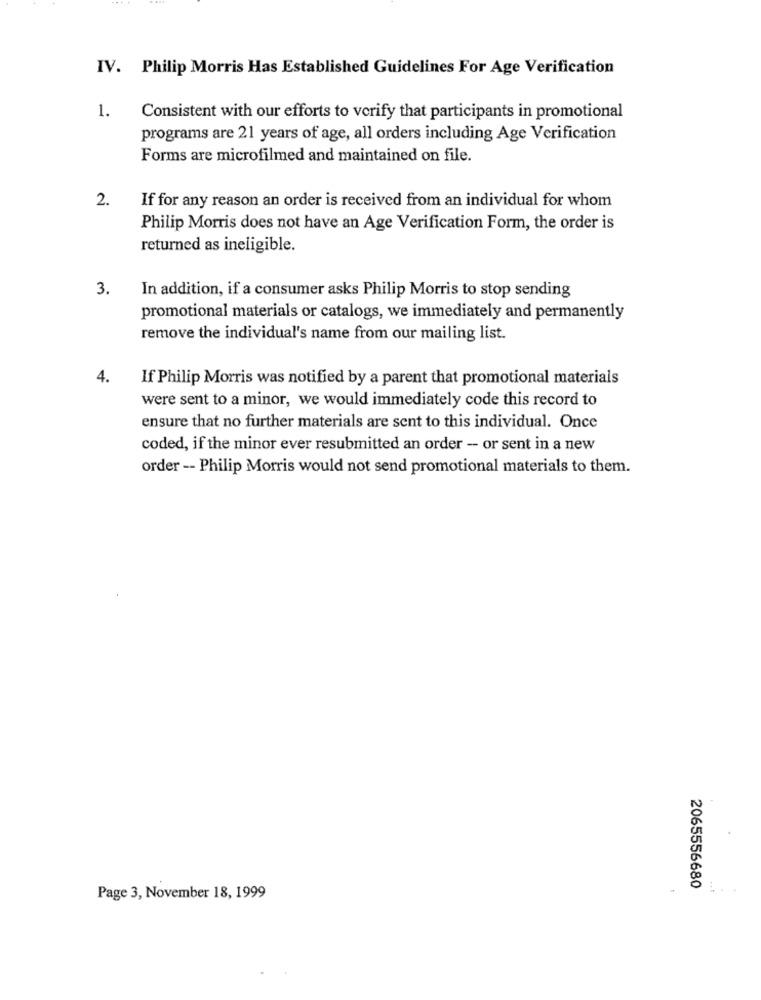
IV. Philip Morris Has Established Guidelines For Age Verification
1.
Consistent with our efforts to verify that participants in promotional
programs are 21 years of age, all orders including Age Verification
Forms are microfilmed and maintained on file.
2.
If for any reason an order is received from an individual for whom
Philip Morris does not have an Age Verification Form, the order is
returned as ineligible.
3.
In addition, if a consumer asks Philip Morris to stop sending
promotional materials or catalogs, we immediately and permanently
remove the individual's name from our mailing list.
4.
If Philip Morris was notified by a parent that promotional materials
were sent to a minor, we would immediately code this record to
ensure that no further materials are sent to this individual. Once
coded, if the minor ever resubmitted an order - or sent in a new
order -- Philip Morris would not send promotional materials to them.
2065556680
Page 3, November 18, 1999